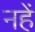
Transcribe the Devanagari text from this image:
नहें